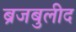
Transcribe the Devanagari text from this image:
ब्रजबुलीद